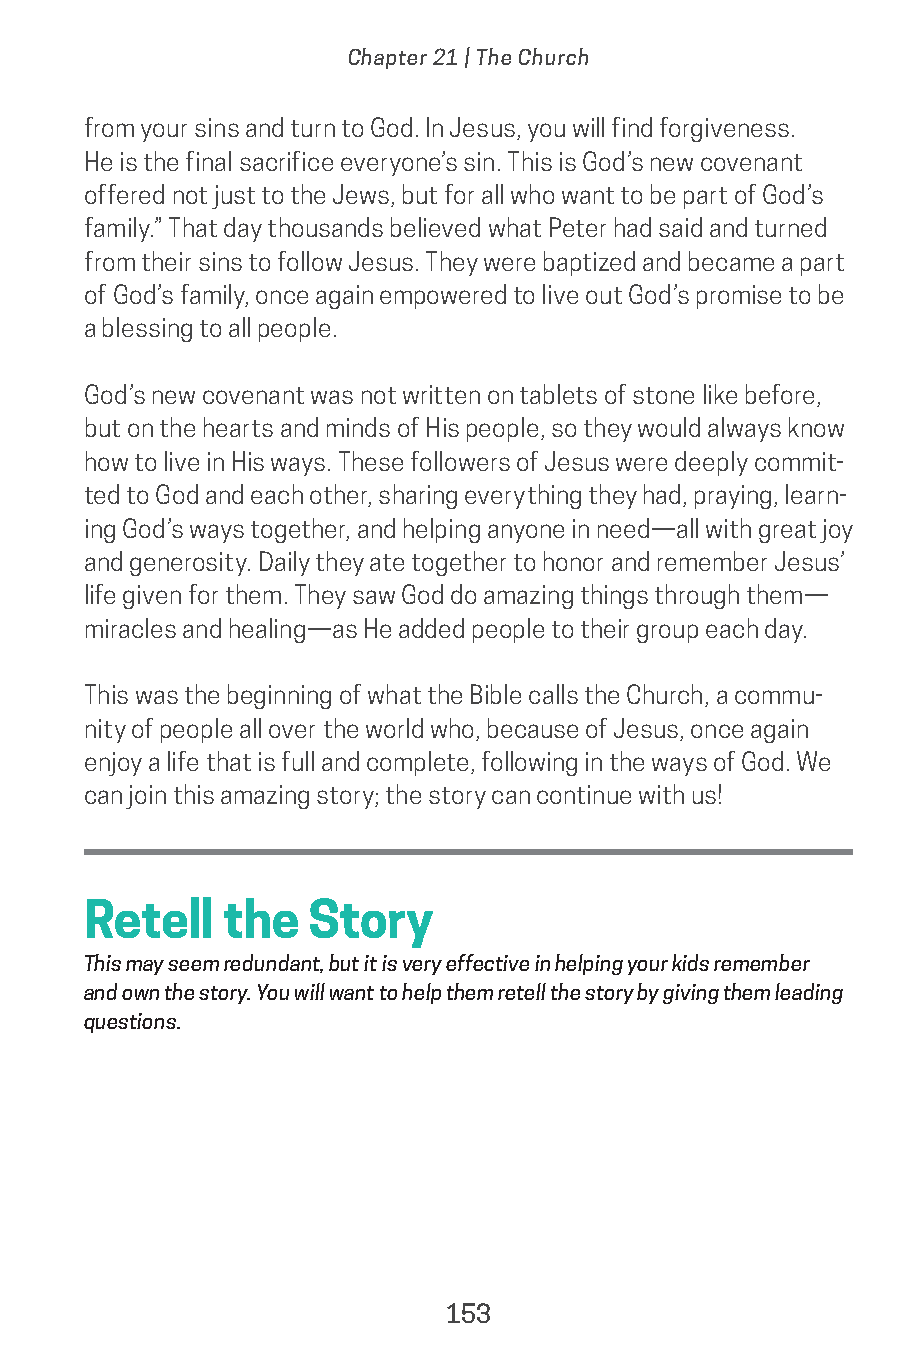
Chapter 21 | The Church
 from your sins and turn to God. In Jesus, you will find forgiveness.
 He is the final sacrifice everyone’s sin. This is God’s new covenant
 offered not just to the Jews, but for all who want to be part of God’s
 family.” That day thousands believed what Peter had said and turned
 from their sins to follow Jesus. They were baptized and became a part
 of God’s family, once again empowered to live out God’s promise to be
 a blessing to all people.
 God’s new covenant was not written on tablets of stone like before,
 but on the hearts and minds of His people, so they would always know
 how to live in His ways. These followers of Jesus were deeply commit-
 ted to God and each other, sharing everything they had, praying, learn-
 ing God’s ways together, and helping anyone in need—all with great joy
 and generosity. Daily they ate together to honor and remember Jesus’
 life given for them. They saw God do amazing things through them—
 miracles and healing—as He added people to their group each day.
 This was the beginning of what the Bible calls the Church, a commu-
 nity of people all over the world who, because of Jesus, once again
 enjoy a life that is full and complete, following in the ways of God. We
 can join this amazing story; the story can continue with us!
 Retell   the   Story
 This may seem redundant, but it is very effective in helping your kids remember
 and own the story. You will want to help them retell the story by giving them leading
 questions.
 153
 saturate-story_of_god_kids-2.indd 153             8/10/17 10:11 PM